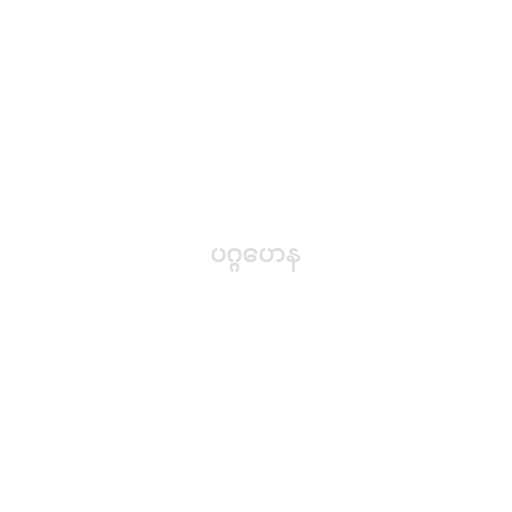
ပဂ္ဂဟေန